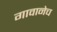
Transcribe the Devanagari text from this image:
गावानेच